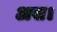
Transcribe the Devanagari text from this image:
अस।